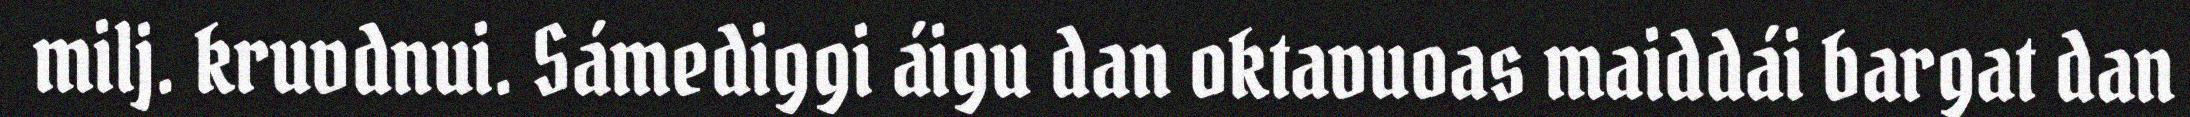
milj. kruvdnui. Sámediggi áigu dan oktavuoas maiddái bargat dan